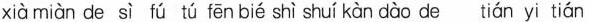
xià miàn de sì fú tú fēn bié shì shuí kàn dào de tián yi tián